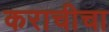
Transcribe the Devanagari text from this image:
कराचीचा